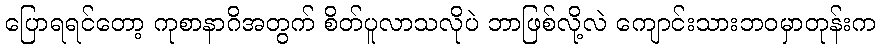
ပြောရရင်တော့ ကုစာနာဂိအတွက် စိတ်ပူလာသလိုပဲ ဘာဖြစ်လို့လဲ ကျောင်းသားဘဝမှာတုန်းက